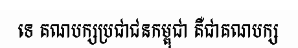
ទេ គណបក្សប្រជាជនកម្ពុជា គឺជាគណបក្ស